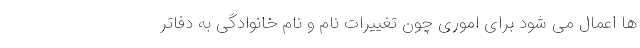
ها اعمال می شود برای اموری چون تغییرات نام و نام خانوادگی به دفاتر